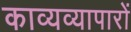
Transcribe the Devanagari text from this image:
काव्यव्यापारों